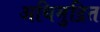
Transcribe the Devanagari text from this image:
अधिमुद्रित